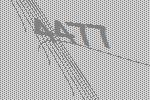
4477